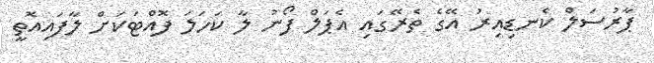
ޕާރުސަލް ކެނޑިއިރު އޭގެ ތެރޭގައި އެޕަލް ފޯނު ލާ ކަހަލަ ފޮއްޓަކަށް ލާފައިއޮތީ